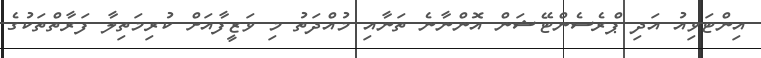
އިންޓަވިއު އަދި ޕްރެސެންޓޭޝަން އޮންނާނެ ތަނާއި މުއްދަތު މި ވަޒީފާއަށް ކުރިމަތިލާ ފަރާތްތަކުގެ